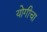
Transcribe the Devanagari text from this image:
योगीचा